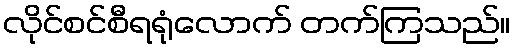
လိုင်စင်စီရရုံလောက် တက်ကြသည်။